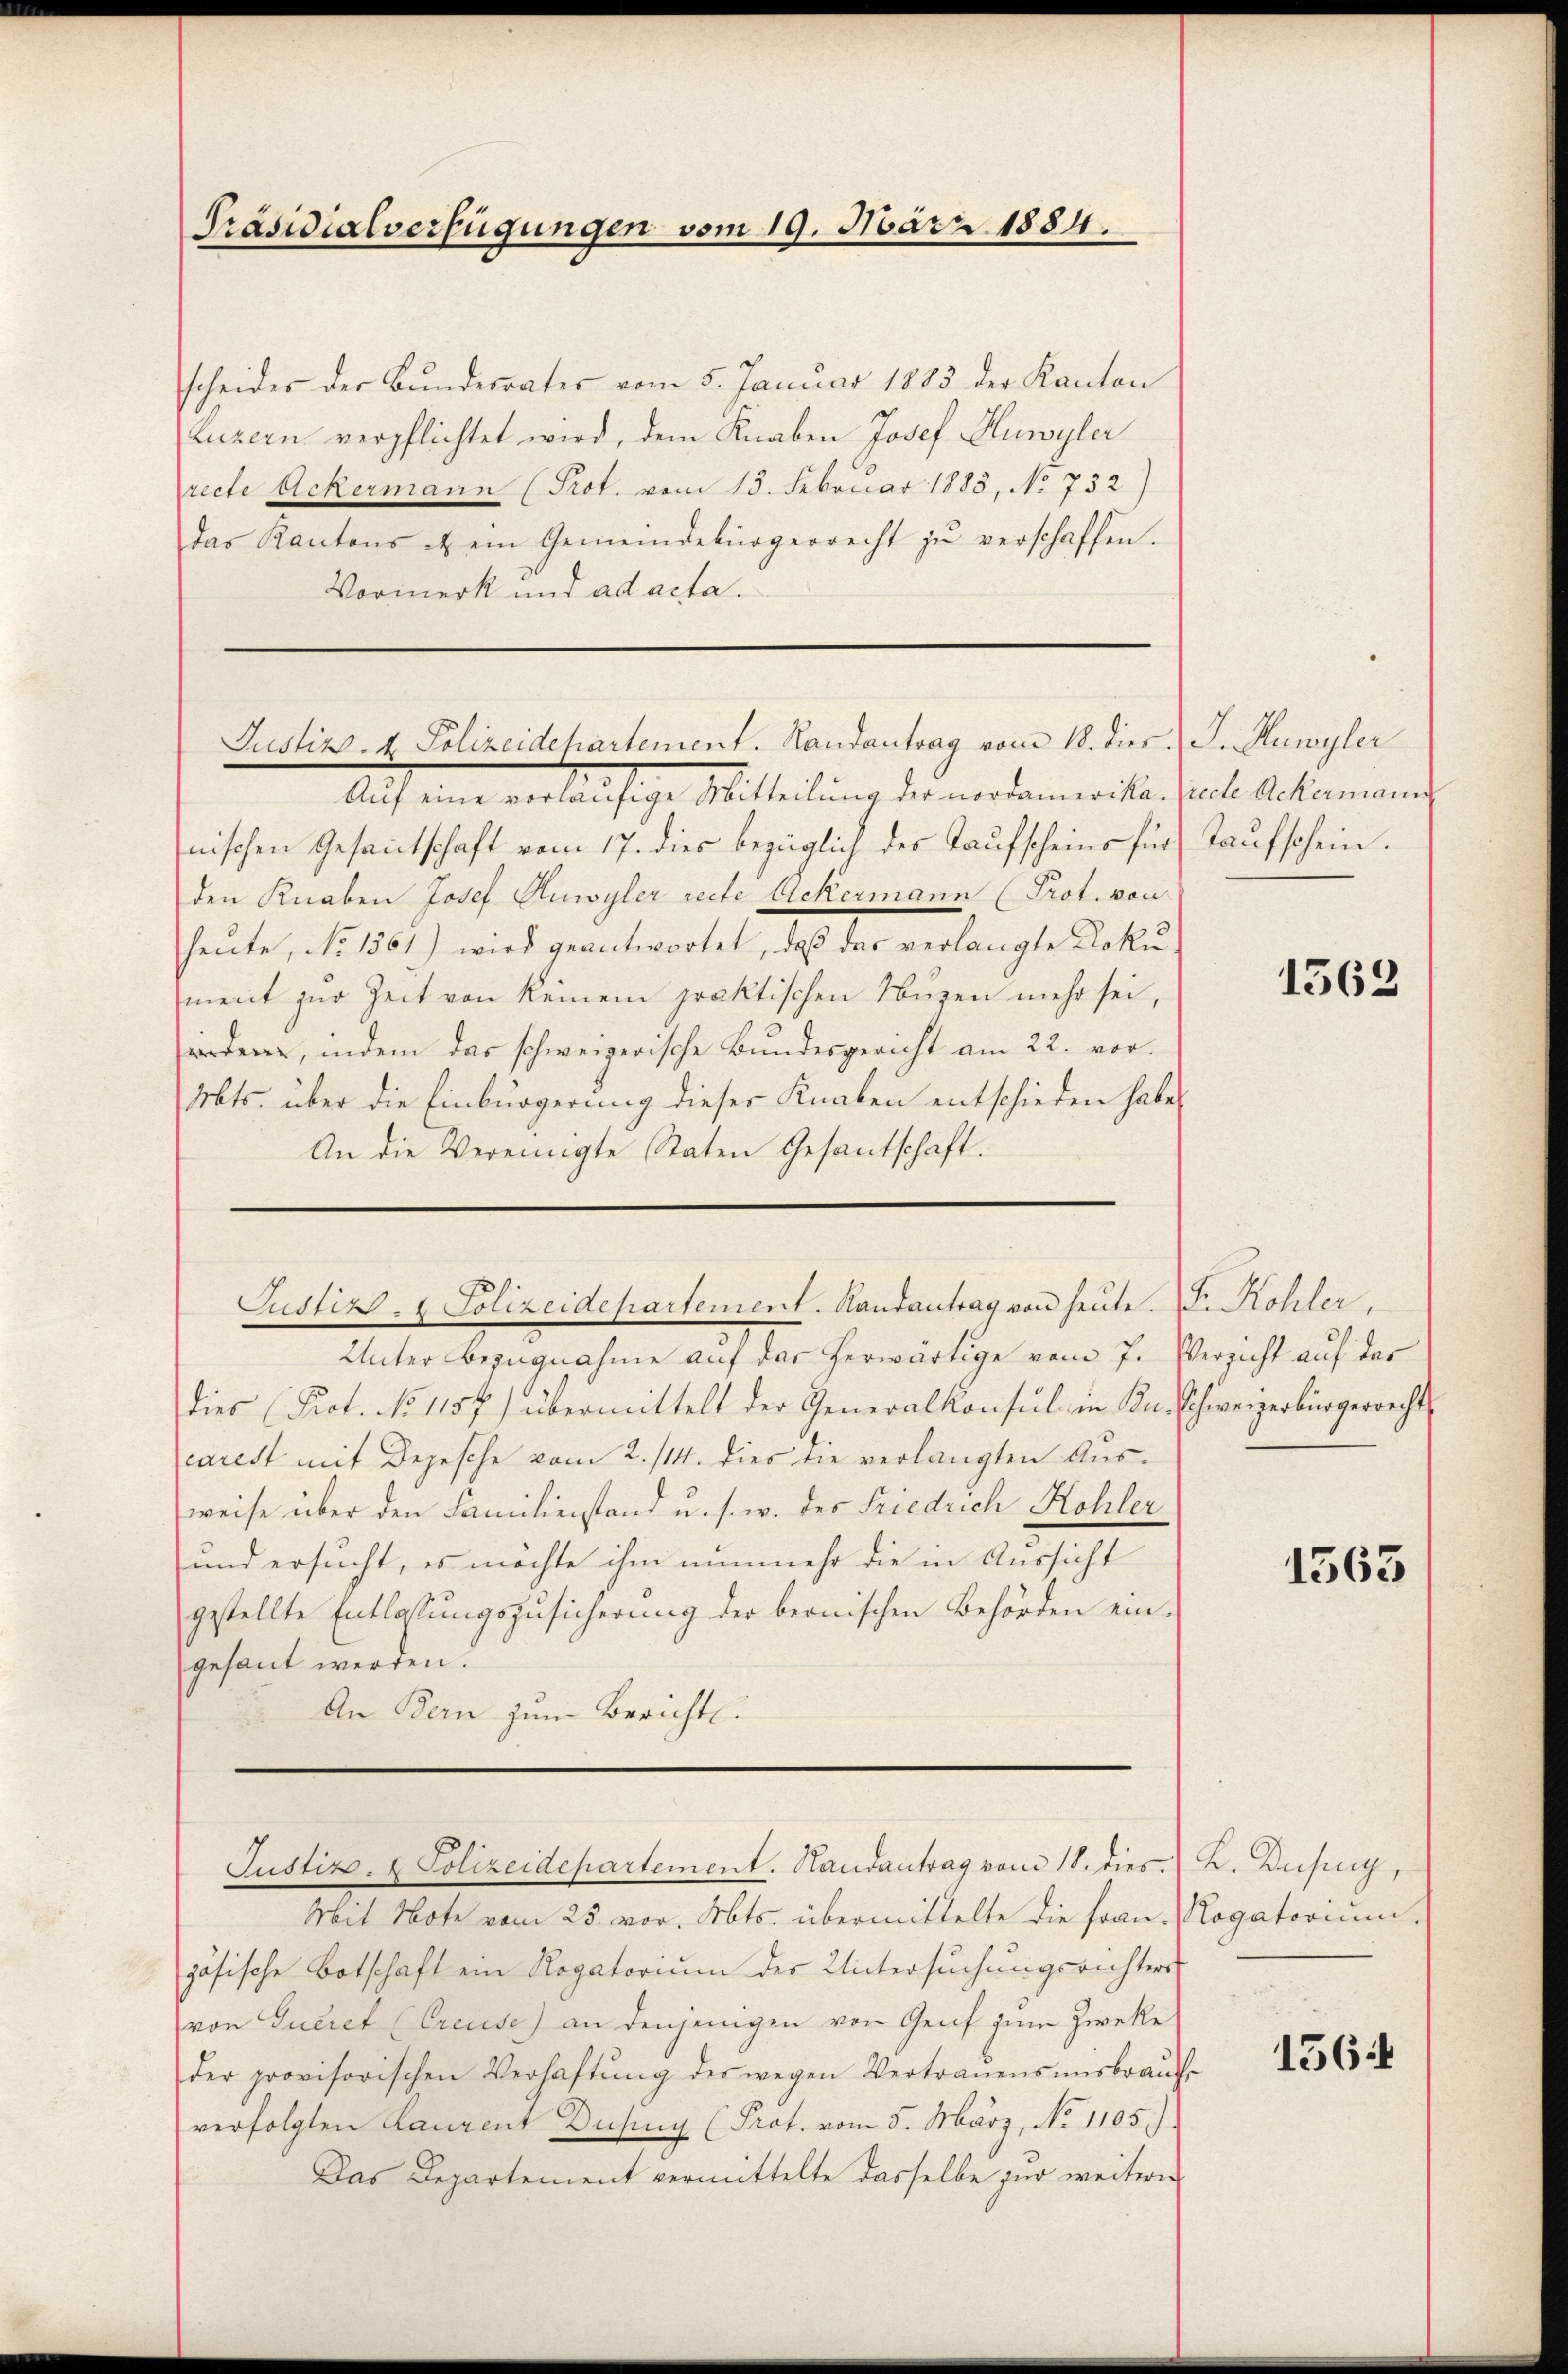
Präsidialverfügungen vom 19. März 1884.

scheides der Bŭndesrates vom 5. Januar 1883 der Kanton
Luzern verpflichtet wird, dem Knaben Josef Huwyler
recte Ackermann (Prot. vom 13. Februar 1883, No 732)
das Kantons zu ein Gemeindebürgerrecht zŭ verschaffen.
Vormerk und ad acta.

Justiz- & Polizeidepartement. Randantrag vom 18. dies J. Huwyler

Aŭf eine vorläufige Mitteilung der nordamerika. Grede Ackermann
nischen Gesantschaft vom 17. dies bezüglich des Taufscheins für Taufschein.
den Knaben Josef Huwyler recte Ackermann (Prot. von
heŭte, No 1361) wird geantwortet, daß das verlangte Doku-
ment zur Zeit von keinem praktischen Nuzen mehr sei,
werden, indem das schweizerische Bundesgericht am 22. vor¬
Mts. über die Einbürgerung dieser Knaben entschieden habe,
An die Vereinigte Staten Gesantschaft.

Justiz- & Polizeidepartement. Handantrag von heute. I. Kohler,

Justiz- & Polizeidepartement. Handantrag vom 18. dies.

Unter Bezugnahme auf das herwärtige vom 7. Verzicht auf das
dies Prot. No 1157) übermittelt der Generalkonsul in Kn. Schweizerbürgerrecht
carest mit Depesche vom 2./14. dies die verlangten Ausweise über den Familienstand u. s. w. des Friedrich Kohler
und ersucht, es möchte ihm nunmehr die in Aussicht
gestellte Entlassungszusicherung der bernischen Behörden eingesant werden.
An Bern zum Bericht.

Mit Note vom 25. vor. Mts. übermittelte die Frau Rogatorium.
zösische Botschaft ein Rogatorium der Untersuchungsrichters
von Queret (Creuse) an denjenigen von Genf zum Zwecke
der provisorischen Verhaftŭng der wegen Vertraŭensmisbrauch
verfolgten Laurent Dusing (Prot. vom 5. März, No 1105.)
Das Departement vermittelte dasselbe zur weitern

1562

1563

K. Beising,

1564